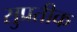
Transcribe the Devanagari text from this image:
सुप्रतीक